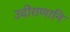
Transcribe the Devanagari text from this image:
उदीराणानि